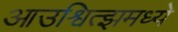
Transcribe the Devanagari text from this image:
आउश्वित्झमध्ये